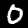
Label: 0